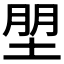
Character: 𰉼